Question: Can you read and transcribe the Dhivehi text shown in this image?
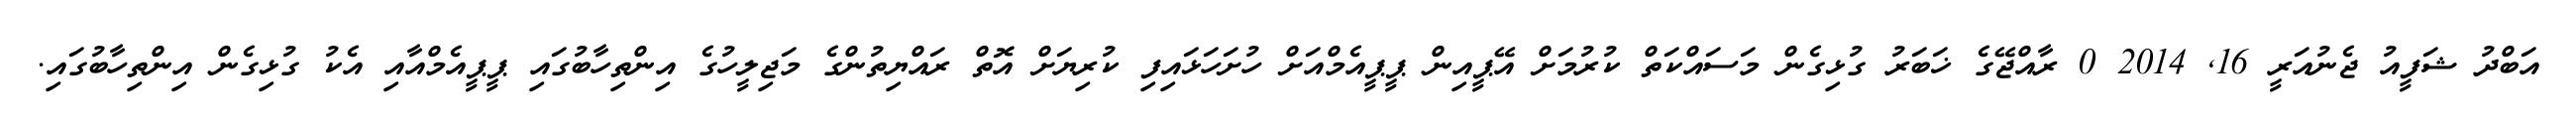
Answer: އަބްދު ޝަފީއު ޖެނުއަރީ 16, 2014 0 ރާއްޖޭގެ ޚަބަރު ގުޅިގެން މަސައްކަތް ކުރުމަށް އޭޕީއިން ޕީޕީއެމްއަށް ހުށަހަޅައިފި ކުރިޔަށް އޮތް ރައްޔިތުންގެ މަޖިލީހުގެ އިންތިހާބުގައި ޕީޕީއެމްއާއި އެކު ގުޅިގެން އިންތިހާބުގައި.